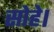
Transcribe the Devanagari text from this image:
सोहे।